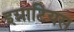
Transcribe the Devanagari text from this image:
इग्नाटियस